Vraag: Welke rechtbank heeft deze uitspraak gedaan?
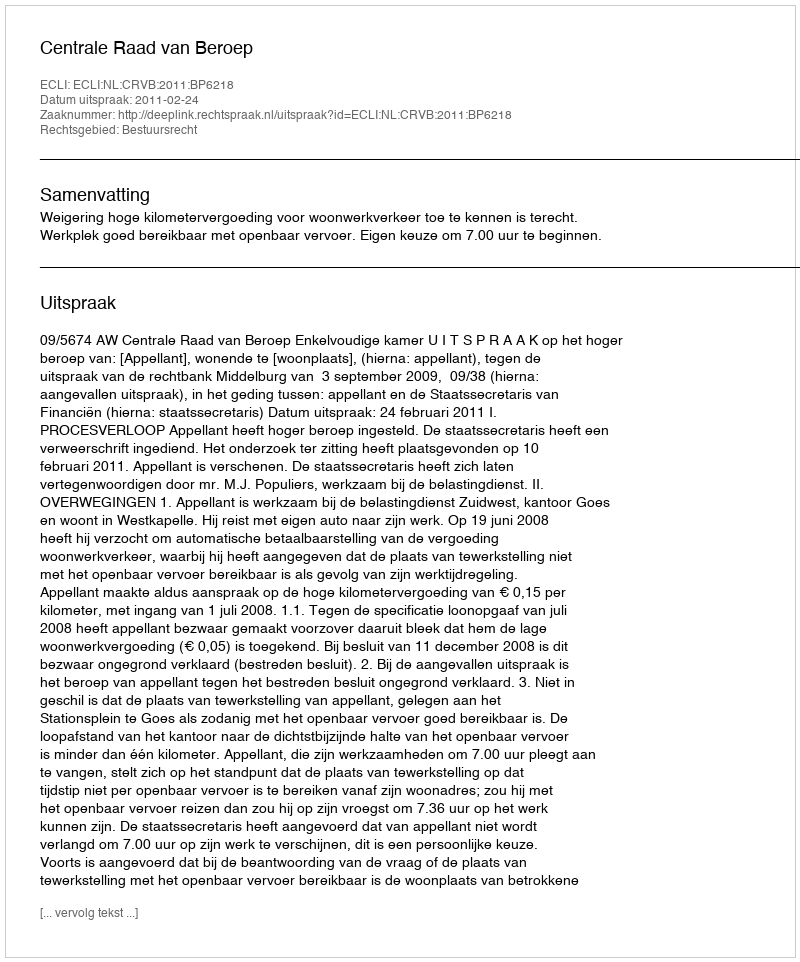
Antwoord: Centrale Raad van Beroep